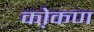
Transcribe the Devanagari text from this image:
को़कण